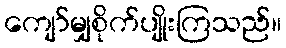
ကျော်မျှစိုက်ပျိုးကြသည်။